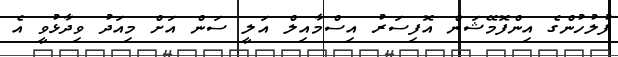
ފުލުހުންގެ އިންފޮމޭޝަން އޮފިސަރު އިސްމާއިލް އަލީ ސަން އަށް މިއަދު ވިދާޅުވީ އެ